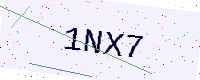
Text: 1NX7